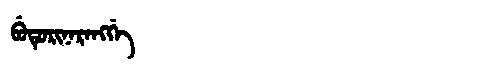
Manchu: ᠪᡠᡨᡠᡵᡳᠨᠠᡵᠠᠩᡤᡝ
Romanization: BUTURINARANGGE